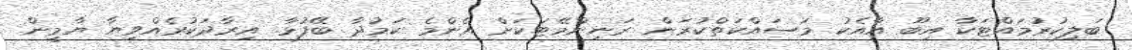
ބަލިކުރުމައްޓަކާ އިބޫ އާއެކު މަސައްކަތްކުރަން ރަނިންމޭޓަކަށް އެންމެ ކަމުދާ ބޭފުޅާ. އިރާދަކުރެއްވިޔާ ޔާމީން